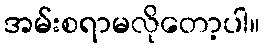
အမ်းစရာမလိုတော့ပါ။